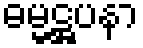
ဓမ္မဋ္ဌပနာ